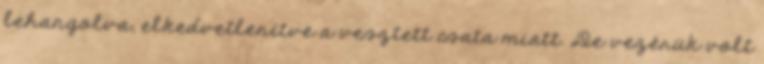
lehangolva, elkedvetlenítve a vesztett csata miatt. De vezérük volt